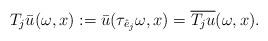
LaTeX: \begin{align*}T_j\bar{u}(\omega,x):=\bar{u}(\tau_{\hat{e}_j}\omega, x)=\overline{T_ju}(\omega,x).\end{align*}